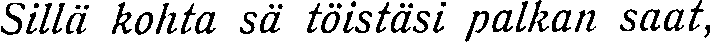
Sillä kohta sä töistäsi palkan saat,